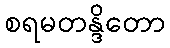
စရမတန္ဒိတော